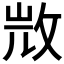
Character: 𣁋